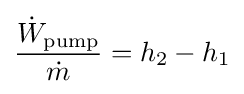
{\frac {{\dot {W}}_{\text{pump}}}{\dot {m}}}=h_{2}-h_{1}